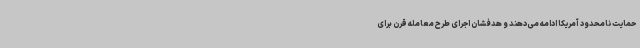
حمایت نامحدود آمریکا ادامه می‌دهند و هدفشان اجرای طرح معامله قرن برای